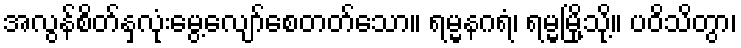
အလွန်စိတ်နှလုံးမွေ့လျော်စေတတ်သော။ ရမ္မနဂရံ၊ ရမ္မမြို့သို့။ ပဝိသိတွာ၊